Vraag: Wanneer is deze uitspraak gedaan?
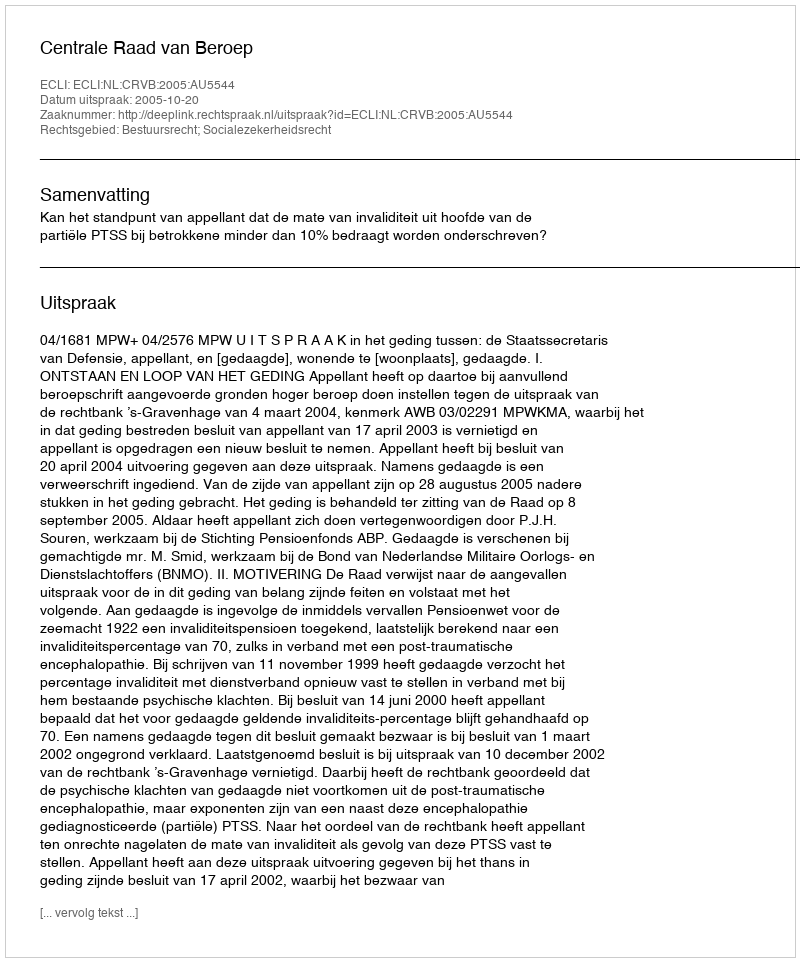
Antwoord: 2005-10-20